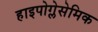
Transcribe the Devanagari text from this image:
हाइपोग्लेसेमिक